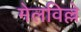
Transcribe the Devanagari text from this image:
मेलविल्ले